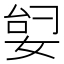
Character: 𫰶